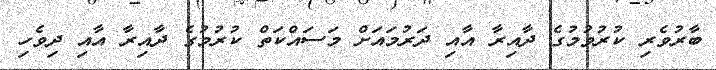
ބާރުވެރި ކުރުވުމުގެ ދާއިރާ އާއި ދަރުމައަަށް މަސައްކަތް ކުރުމުގެ ދާއިރާ އާއި ދިވެހި